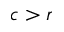
c > r